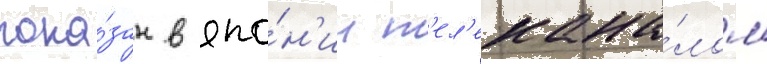
пока́зан в япо́н'ии т'ел'екана́лом